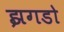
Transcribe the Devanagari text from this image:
झगडो